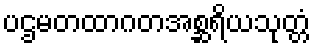
ပဌမတထာဂတအစ္ဆရိယသုတ္တံ